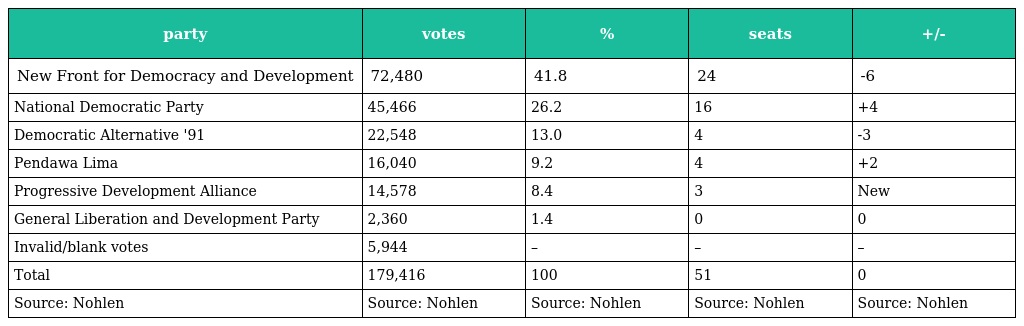
| party | votes | % | seats | +/- |
 | --- | --- | --- | --- | --- |
 | New Front for Democracy and Development | 72,480 | 41.8 | 24 | -6 |
 | National Democratic Party | 45,466 | 26.2 | 16 | +4 |
 | Democratic Alternative '91 | 22,548 | 13.0 | 4 | -3 |
 | Pendawa Lima | 16,040 | 9.2 | 4 | +2 |
 | Progressive Development Alliance | 14,578 | 8.4 | 3 | New |
 | General Liberation and Development Party | 2,360 | 1.4 | 0 | 0 |
 | Invalid/blank votes | 5,944 | – | – | – |
 | Total | 179,416 | 100 | 51 | 0 |
 | Source: Nohlen | Source: Nohlen | Source: Nohlen | Source: Nohlen | Source: Nohlen |